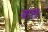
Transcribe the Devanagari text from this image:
बालः